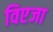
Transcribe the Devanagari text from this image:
विएजा